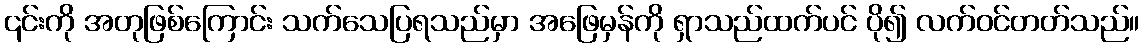
၎င်းကို အတုဖြစ်ကြောင်း သက်သေပြရသည်မှာ အဖြေမှန်ကို ရှာသည်ထက်ပင် ပို၍ လက်ဝင်တတ်သည်။